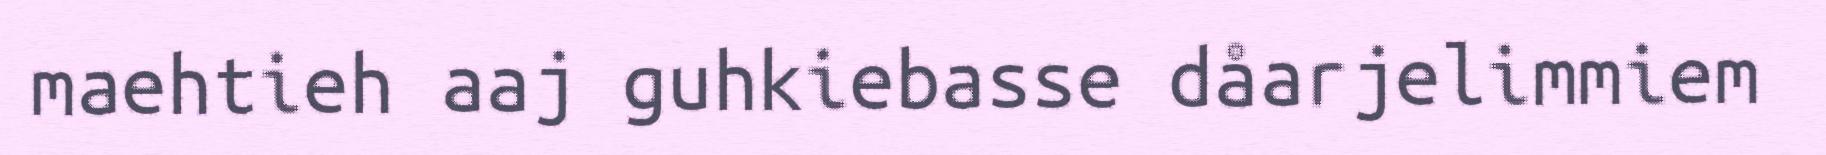
maehtieh aaj guhkiebasse dåarjelimmiem